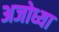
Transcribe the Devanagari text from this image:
अजोध्या